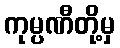
ကုမ္ပဏီတို့မှ